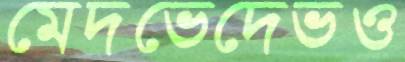
মেদভেদেভও